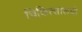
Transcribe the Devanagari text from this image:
चिकित्सालयो